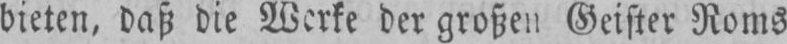
bieten, daß die Werke der großen Geister Roms